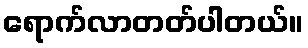
ရောက်လာတတ်ပါတယ်။